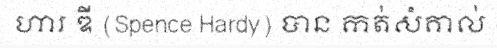
ហារ ឌី (Spence Hardy) បាន កត់សំគាល់